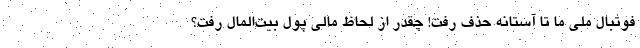
فوتبال ملی ما تا آستانه حذف رفت! چقدر از لحاظ مالی پول بیت‌المال رفت؟